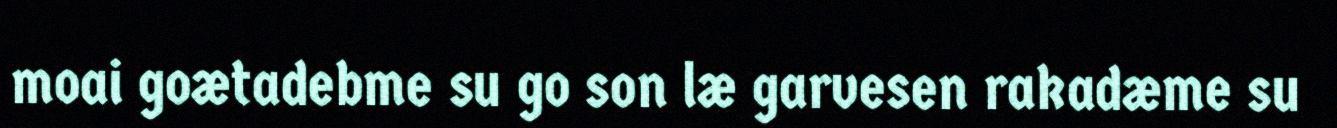
moai goætadebme su go son læ garvesen rakadæme su